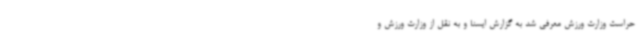
حراست وزارت ورزش معرفی شد به گزارش ایسنا و به نقل از وزارت ورزش و